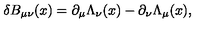
\delta B _ { \mu \nu } ( x ) = \partial _ { \mu } \Lambda _ { \nu } ( x ) - \partial _ { \nu } \Lambda _ { \mu } ( x ) ,